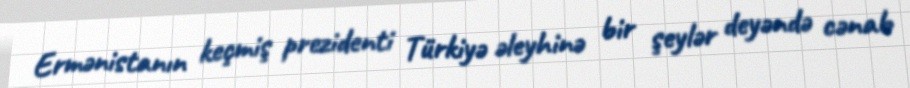
Ermənistanın keçmiş prezidenti Türkiyə əleyhinə bir şeylər deyəndə cənab